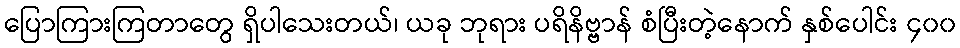
ပြောကြားကြတာတွေ ရှိပါသေးတယ်၊ ယခု ဘုရား ပရိနိဗ္ဗာန် စံပြီးတဲ့နောက် နှစ်ပေါင်း ၄၀၀